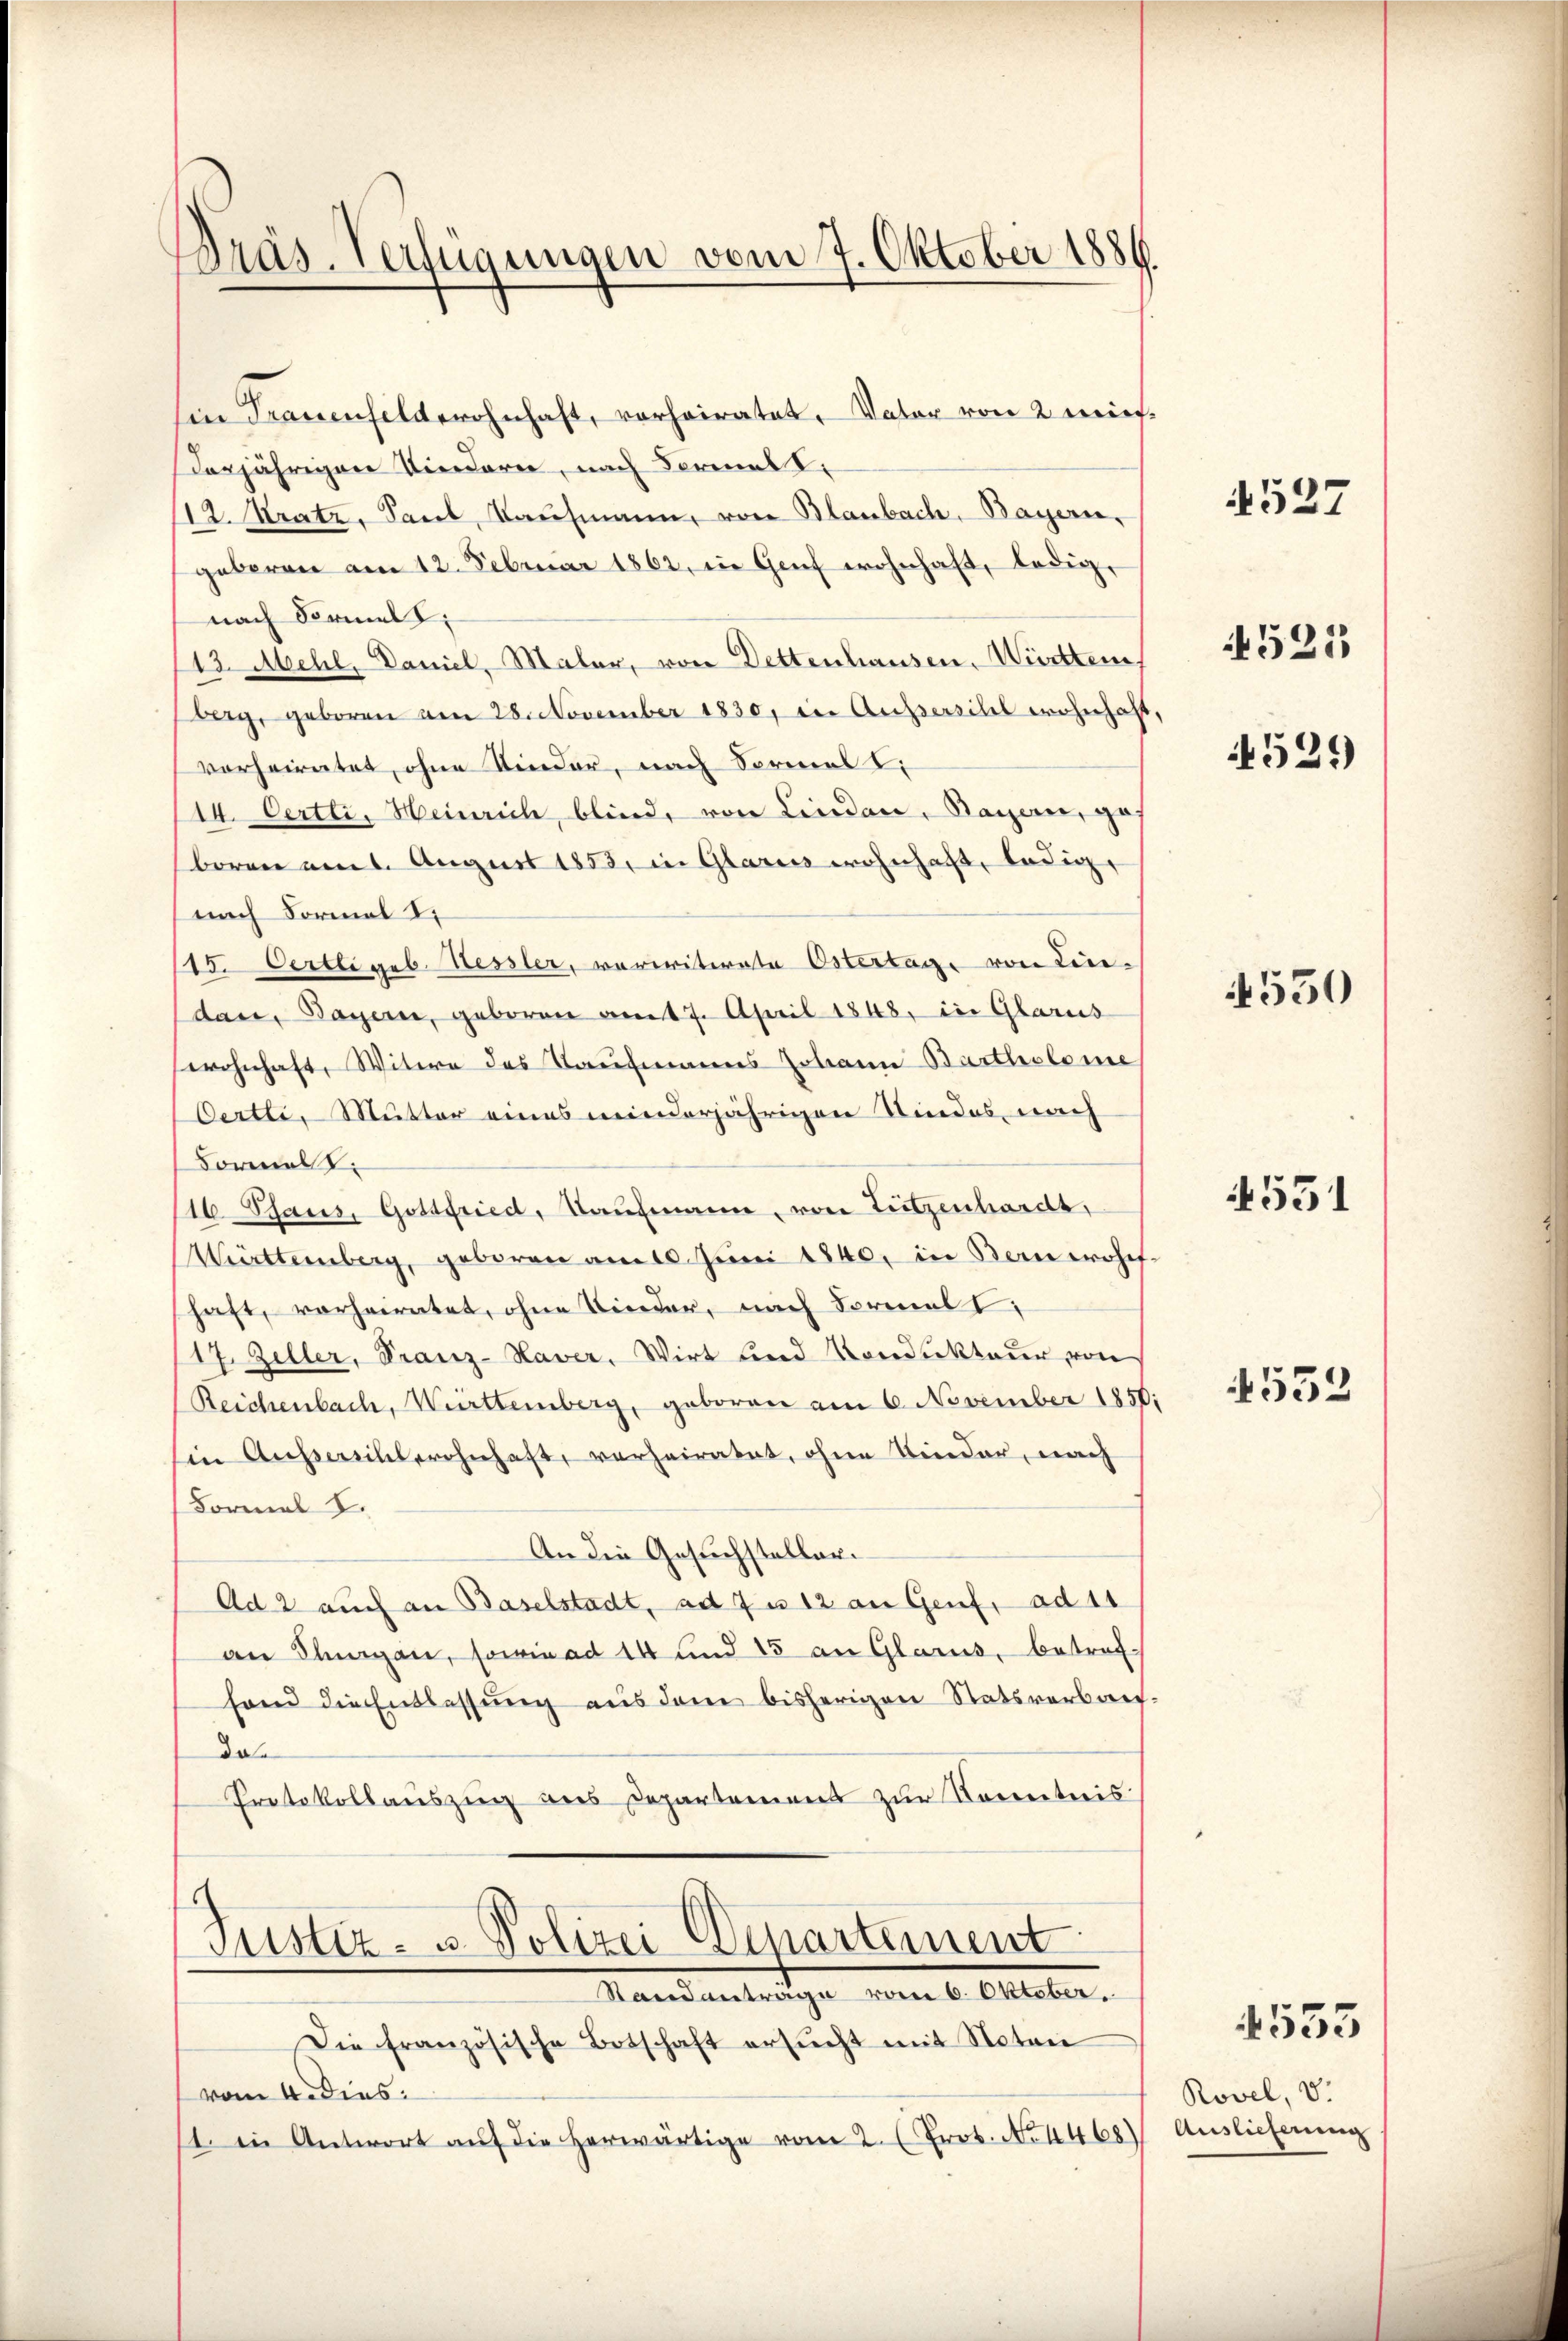
Präs. Verfügungen vom 7. Oktober 1886.

in Frauenfelderohnhaft, vorheiratet, Vater von 2 miesderjährigen Vierdare, nach Formal z
12. Kratz, Saul, Kaufmann, von Blaubach, Bayern,
geboren am 12. Februar 1862, in Genf wohnhaft, ledig,
nach Formell;
13. Mehl, Daniel, Maler, von Dettenhausen, Württem.
berg, geboren am 28. November 1830, in Aussersibel wohnhaft,
vorheiratet, ohne Kinder, nach Formal
14. Oertli, Heinrich, blind, von Lindau, Bayern, ges
boren am 6. August 1853, in Glarus wohnhaft, ledige
nach Formal
15. Oertli geb. Hessler, varivitirte Osterstage von Lindau, Bayern, geboren am 17. April 1848, in Glarus
wohnhaft, Witwe des Kaufmanns Johann Bartholome
Oertli, Mutter eines meinderjährigen Kindes, nach
Formelt.
16 Saus, Gottfried, Kaŭfmann, von Lützenhardt,
Württemberg, geboren am 10. Juni 1840, in Bern eroef-
haft, vorheiratet, ohne Kinder, nach Formals,
17. Zeller, Franz-Haver, Wirt und Kondukteur von
Reichenbach, Württemberg, geboren am 6. November 1850
sin Auseillerohnhaft, verheiratet, ohne Kinder, nach
Formal I.
An die Gesuchsteller¬
Ad 2 auch an Baselstadt, ad 7 u 12 an Genf, ad 11
an Thurgau, sowie ad 14 und 15 an Glarus, betref-
shand die Entlassung aus dem bisherigen Statsverbauf.
da¬
Protokollauszug aus Departemens zur Kenntnis

Die französische Botschaft ersŭcht mit Notari
vom 4. dies
1. in Antwort aŭf die herwärtige vom 2. (Prot. No 1468)

Justiz- & Polizei Dipartement
Standantrage vom 6. Oktober.

1

4527

521

4529

4550

551

4552

1555

Rovel, V.
Auslieferung